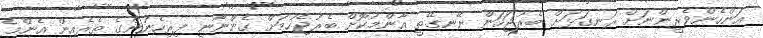
އަންހެންވެރީންނަށް ރަނގަޅަށް ބެރުޖަހަން ނޭނގޭތީ ޢާންމުކޮށް ބެރުޖެހުމަށް ގެންނާނީ ފިރިހެނުންގެ ތެރެއިން އެންމެ